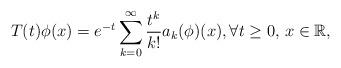
LaTeX: \begin{align*}T(t)\phi(x)=e^{-t}\sum_{k=0}^{\infty}\frac{t^k}{k!}a_k(\phi)(x),\forall t\geq 0, \, x\in \mathbb{R},\end{align*}